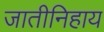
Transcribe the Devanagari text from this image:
जातीनिहाय